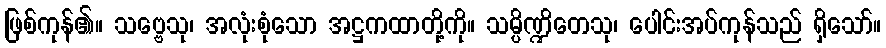
ဖြစ်ကုန်၏။ သဗ္ဗေသု၊ အလုံးစုံသော အဋ္ဌကထာတို့ကို။ သမ္ပိဏ္ဍိတေသု၊ ပေါင်းအပ်ကုန်သည် ရှိသော်။